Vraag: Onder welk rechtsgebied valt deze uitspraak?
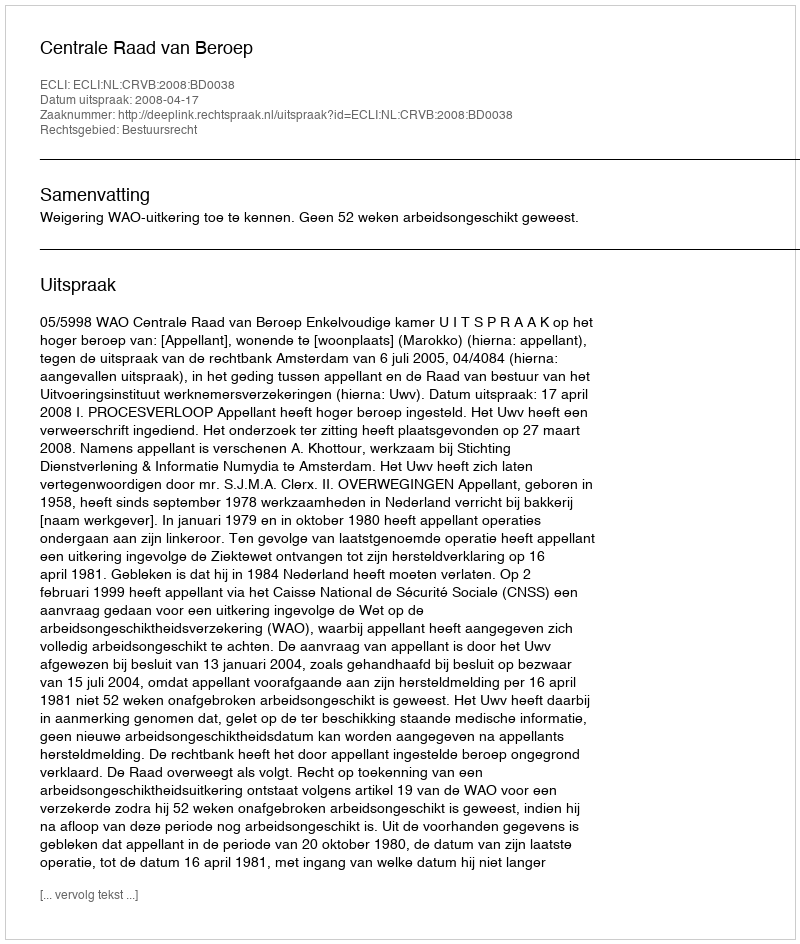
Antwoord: Bestuursrecht